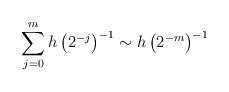
LaTeX: \begin{align*}\sum_{j=0}^m h\left(2^{-j}\right)^{-1} \sim h\left(2^{-m}\right)^{-1}\end{align*}